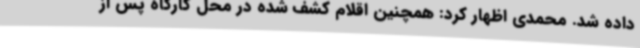
داده شد. محمدی اظهار کرد: همچنین اقلام کشف شده در محل کارگاه پس از